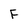
Character: F